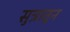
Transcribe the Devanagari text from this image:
सुत्रातून